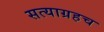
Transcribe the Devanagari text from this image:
सत्याग्रहच